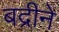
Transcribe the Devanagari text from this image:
बद्रीने